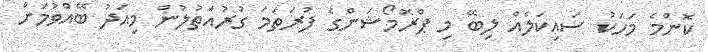
ކޮންމެ މަހަކު ސައިކަލެއް ލިބޭ މި ޕްރޮމޯޝަންގެ ފުރަތަމަ ގުރުއަތުލުން މިއަދު ބޭއްވުމަށް